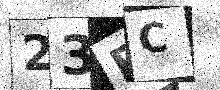
Text: 23FC